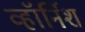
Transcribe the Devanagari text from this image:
व्हॉर्निश